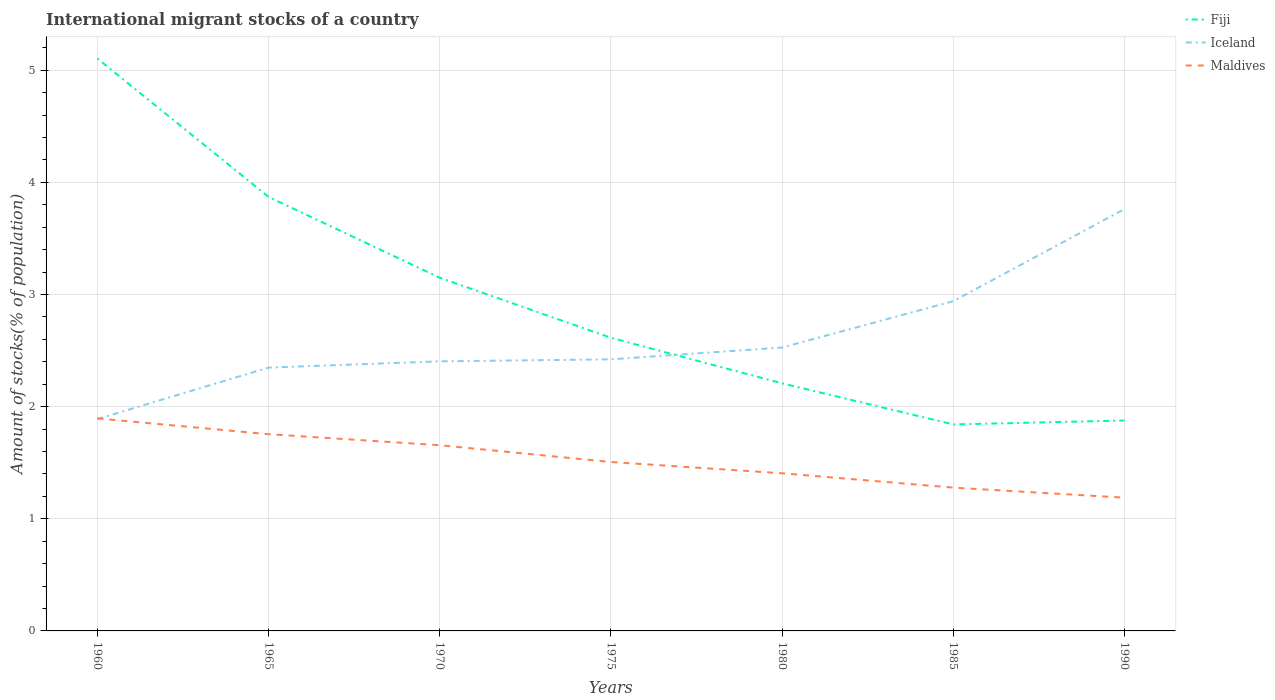
| Years | Fiji | Iceland | Maldives |
 | --- | --- | --- | --- |
 | 1960 | 5.1 | 1.89 | 1.89 |
 | 1965 | 3.87 | 2.35 | 1.75 |
 | 1970 | 3.15 | 2.4 | 1.66 |
 | 1975 | 2.61 | 2.42 | 1.51 |
 | 1980 | 2.21 | 2.53 | 1.41 |
 | 1985 | 1.84 | 2.94 | 1.28 |
 | 1990 | 1.88 | 3.76 | 1.19 |